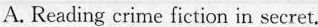
A. Reading crime fiction in secret.